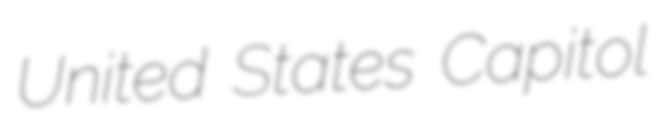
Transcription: United States Capitol